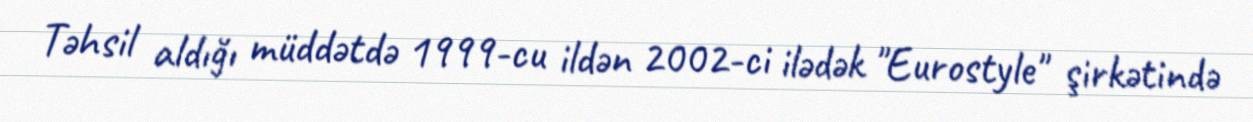
Təhsil aldığı müddətdə 1999-cu ildən 2002-ci ilədək "Eurostyle" şirkətində